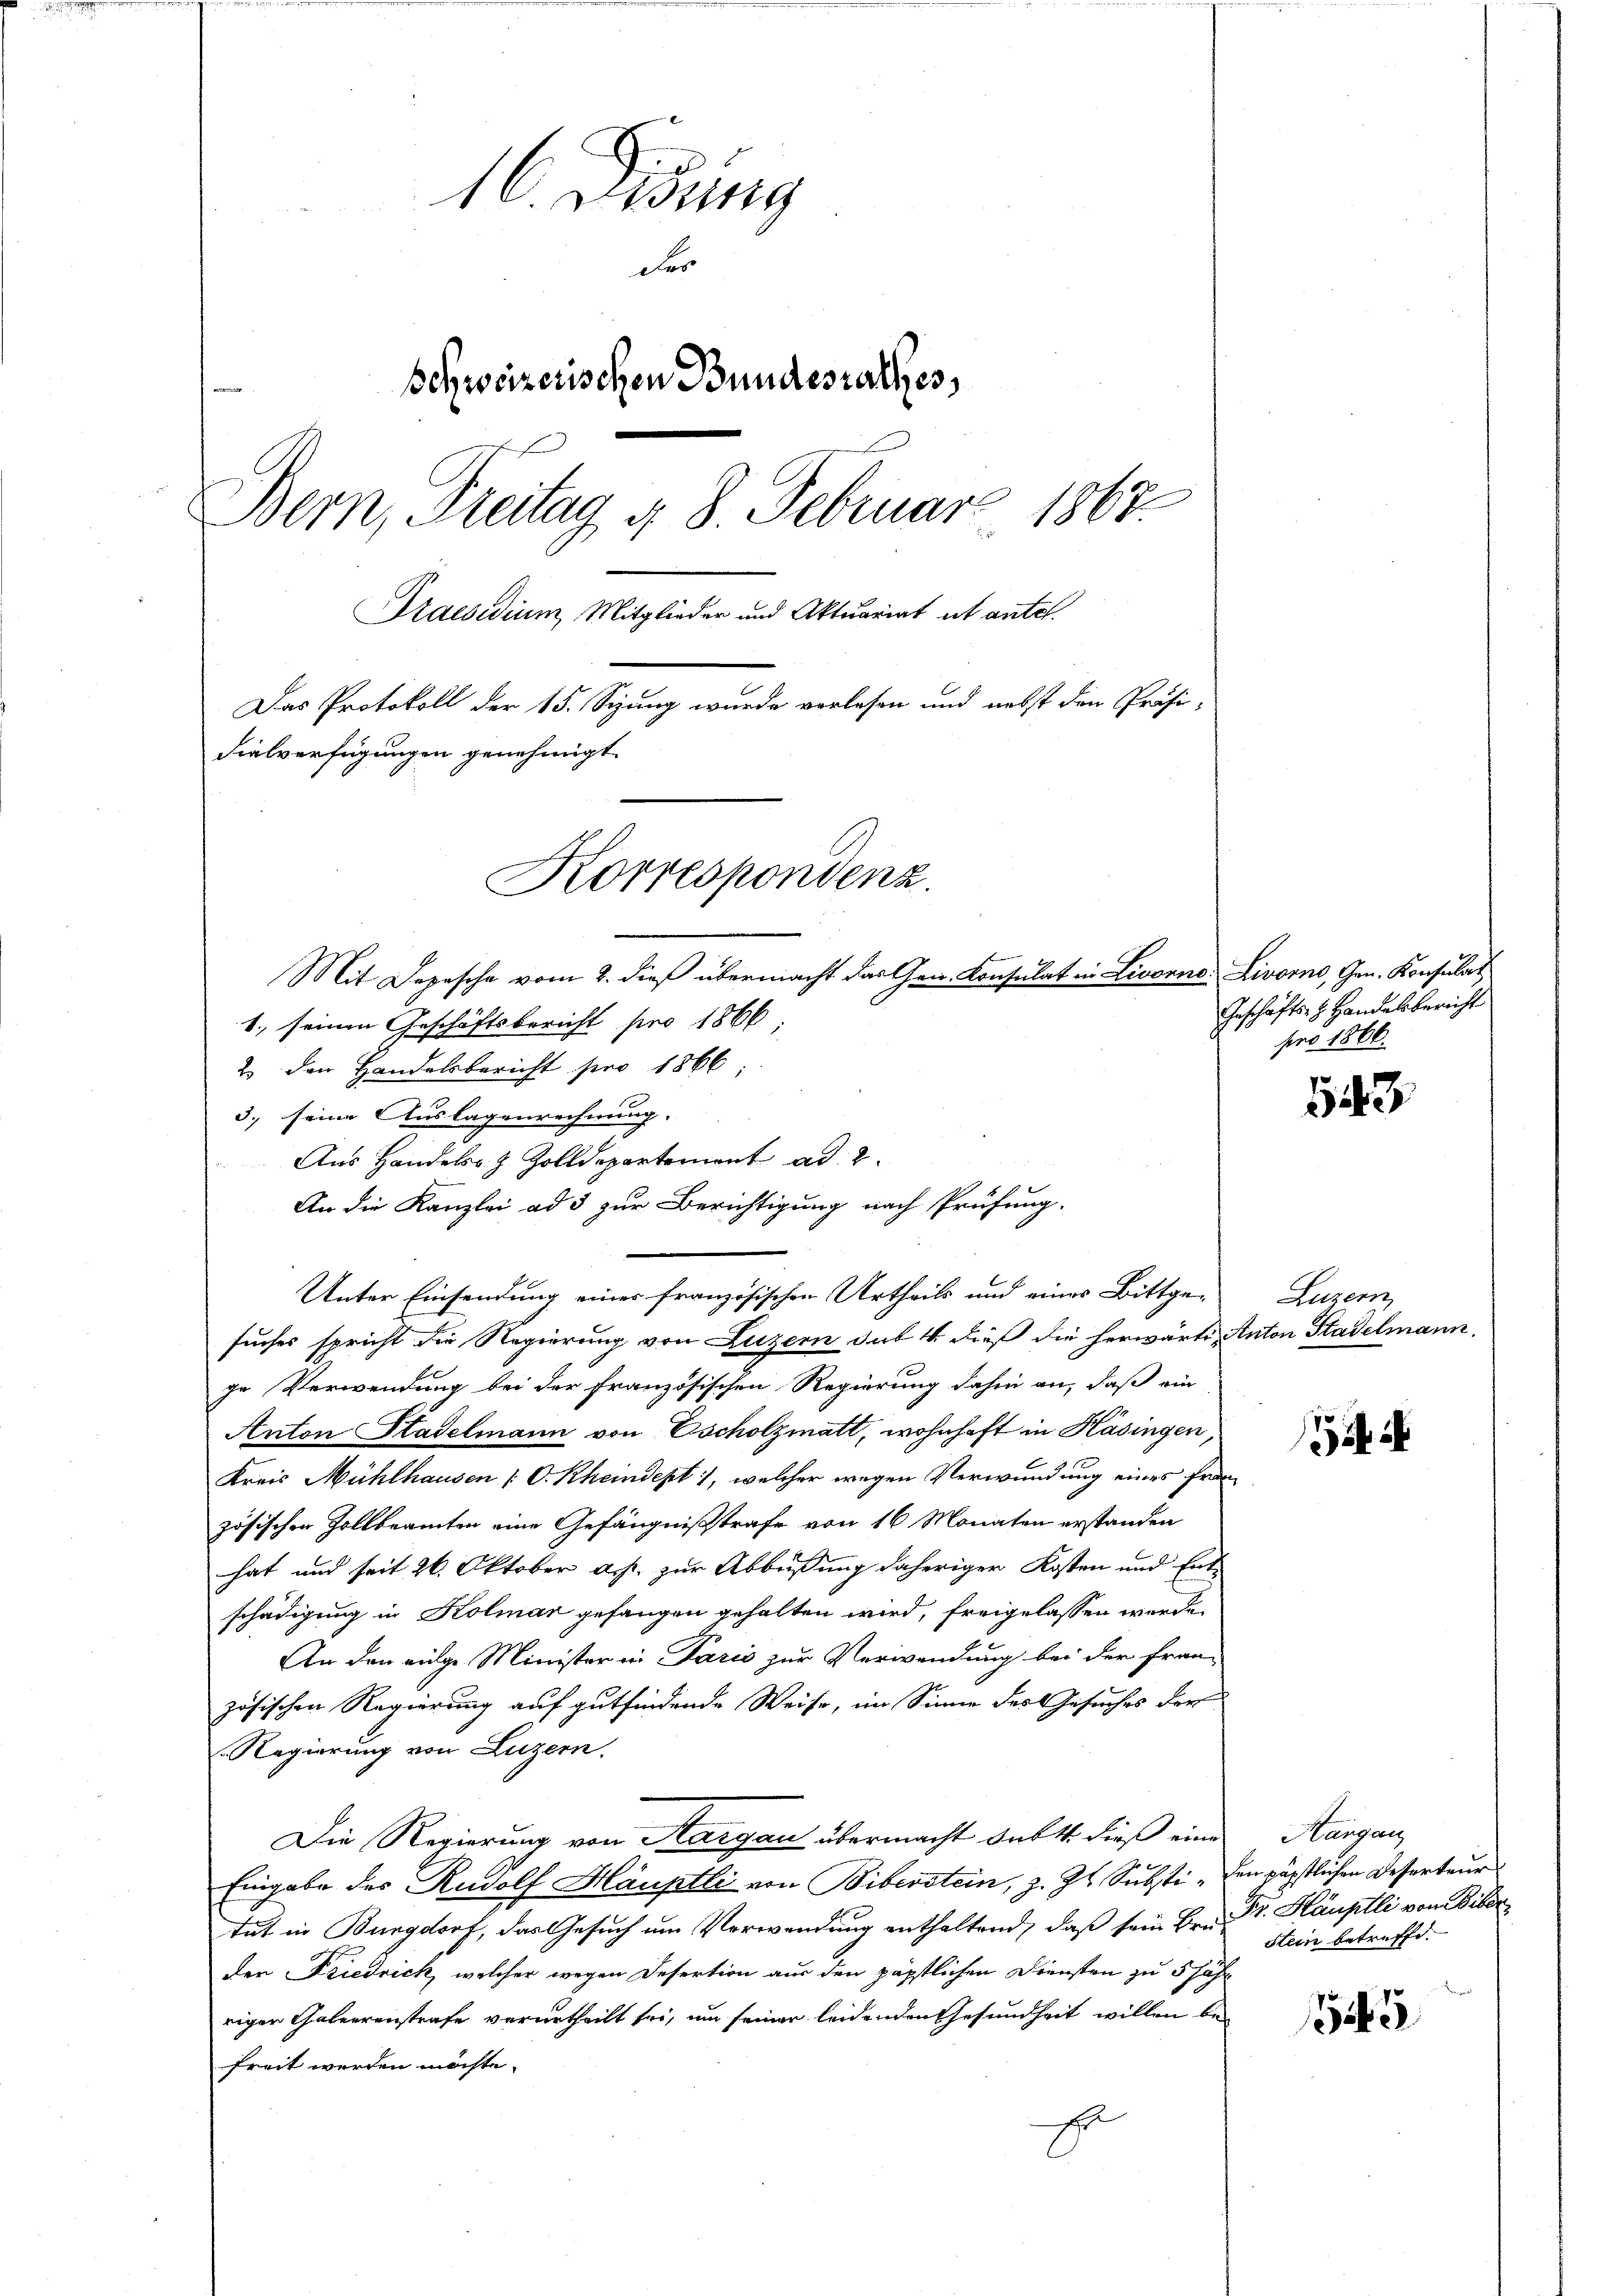
16. Disung
der
Schweizerischen Bundesrathes,
Bern, Freitag 4. 8. Februar 1867.
Praesidium, Mitglieder und Aktuariat et antel.
Das Protokoll der 15. Sizung wurde vorlesen und nebst den Präsi-
Fialverfügungen genehmigt.
Korrespondenz.
Mit Depesche vom 2. dieß übermacht das Gen. Konsulat in Livorne-Livorno, Gen. Konsulat

1., seinen Geschäftsbericht pro 1866
2. den Handelsbericht pro 1866;
3. seine Auslagenrechnung.
Aus Handelsr. Z. Zolldepartement ad 2.
An die Kanzlei ad 3 zur Berichtigung nach Prüfung.
Unter Einsendung eines französischen Urtheils und eines Bittgesuches spricht die Regierung von Luzern, das 4. dieß die herwärte Anton Stadelmann.
ge Verwendung bei der französischen Regierung dahin an, daß ein
Anton Stadelmann von Escholzmatt, wohnhaft in Kasingen,
Kreis Mühlhausen /: C. Rheindept 1, welcher wegen Verwundung eines Französischen Zollbeamten eine Gefängnißstrafe von 16 Monaten erstanden
hat und seit 26. Oktober a. p. zur Abbüßung daheriger Kosten und Entschädigung in Kolmar gefangen gehalten wird, freigelassen werde.
An den einge Minister in Paris zur Verwendung bei der fran-
zösischen Regierung auf gutfindende Weise, im Sinne des Gesuches der
Regierung von Luzern.
Die Regierung von Aargau übermacht des 4. dieß eine
Eingabe des Rudolf Häuptli von Biberstein, z. Zt. Substi - den päpstlichen Deserteur
tut in Burgdorf, das Gesuch um Verwendung enthaltend, daß sein Bern. Dr. Häuptli von Biber
den Friedrick, welcher wegen Desertion aus den päpstlichen Diensten zu 5 Jahr
riger Galierenstrafe verurtheilt sei, um seiner leidenden Gesundheit willen befreit werden möchte.

Geschäfts- & Handelsbericht
pro 1866.

543

Luzern

Hangan
Stein betreffe.

1